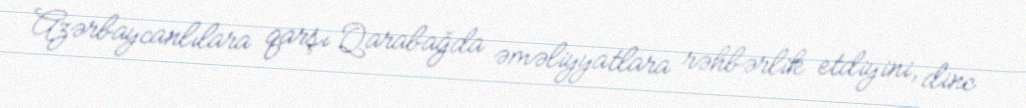
Azərbaycanlılara qarşı Qarabağda əməliyyatlara rəhbərlik etdiyini, dinc